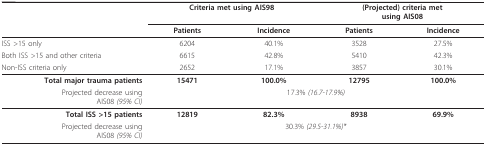
<table><thead><tr><td></td><td colspan="2"><b>Criteria met using AIS98</b></td><td colspan="2"><b>(Projected) criteria metusing AIS08</b></td></tr><tr><td></td><td><b>Patients</b></td><td><b>Incidence</b></td><td><b>Patients</b></td><td><b>Incidence</b></td></tr></thead><tbody><tr><td>ISS &gt;15 only</td><td>6204</td><td>40.1%</td><td>3528</td><td>27.5%</td></tr><tr><td>Both ISS &gt;15 and other criteria</td><td>6615</td><td>42.8%</td><td>5410</td><td>42.3%</td></tr><tr><td>Non-ISS criteria only</td><td>2652</td><td>17.1%</td><td>3857</td><td>30.1%</td></tr><tr><td><b>Total major trauma patients</b></td><td><b>15471</b></td><td><b>100.0%</b></td><td><b>12795</b></td><td><b>100.0%</b></td></tr><tr><td>Projected decrease usingAIS08 <i>(95% CI)</i></td><td colspan="4">17.3% <i>(16.7-17.9%)</i></td></tr><tr><td><b>Total ISS &gt;15 patients</b></td><td><b>12819</b></td><td><b>82.3%</b></td><td><b>8938</b></td><td><b>69.9%</b></td></tr><tr><td>Projected decrease usingAIS08 <i>(95% CI)</i></td><td colspan="4">30.3% <i>(29.5-31.1%)*</i></td></tr></tbody></table>